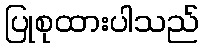
ပြုစုထားပါသည်